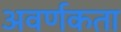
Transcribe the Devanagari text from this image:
अवर्णकता